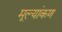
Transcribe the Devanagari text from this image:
मूल्यांकण